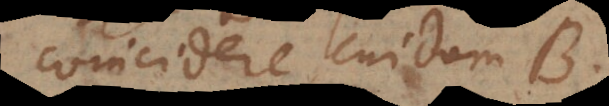
coincidere cuidam B,